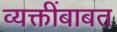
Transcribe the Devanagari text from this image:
व्यक्तींबाबत